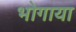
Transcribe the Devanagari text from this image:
भोगाया